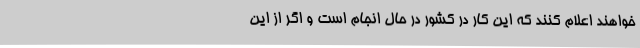
خواهند اعلام کنند که این کار در کشور در حال انجام است و اگر از این